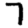
Digit: 7